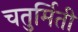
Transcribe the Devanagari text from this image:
चतुर्मिती